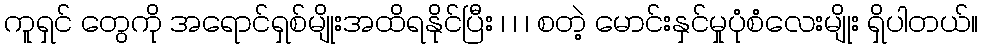
ကူရှင် တွေကို အရောင်ရှစ်မျိုးအထိရနိုင်ပြီး ၊ ၊ ၊ စတဲ့ မောင်းနှင်မှုပုံစံလေးမျိုး ရှိပါတယ်။